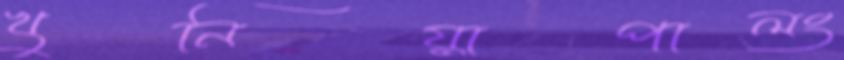
খুনিয়াপালং